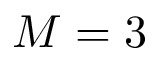
M = 3